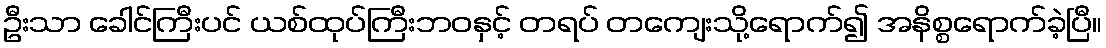
ဦးသာ ခေါင်ကြီးပင် ယစ်ထုပ်ကြီးဘဝနှင့် တရပ် တကျေးသို့ရောက်၍ အနိစ္စရောက်ခဲ့ပြီ။